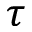
\tau